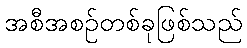
အစီအစဉ်တစ်ခုဖြစ်သည်